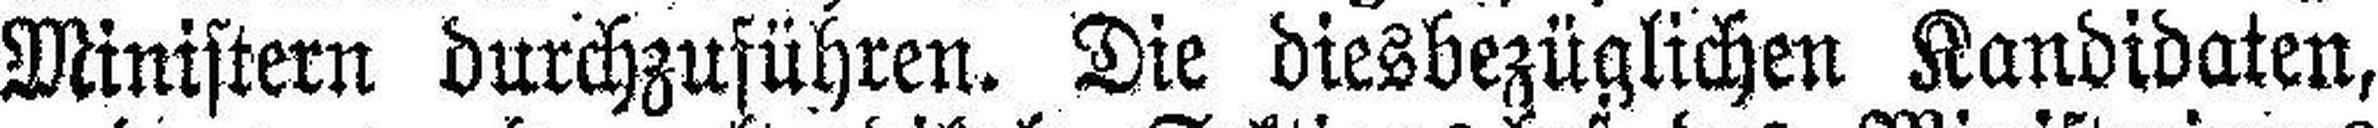
Ministern durchzuführen. Die diesbezüglichen Kandidaten,